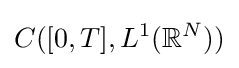
C([0,T],L^{1}(\mathbb {R} ^{N}))